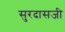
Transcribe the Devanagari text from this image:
सुरदासजी